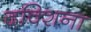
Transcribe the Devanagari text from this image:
दक्शिना